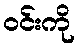
ဝင်းကို